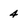
Character: 4